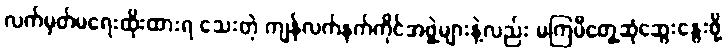
လက်မှတ်မရေးထိုးထားရ သေးတဲ့ ကျန်လက်နက်ကိုင်အဖွဲ့များနဲ့လည်း မကြမီတွေ့ဆုံဆွေးနွေးဖို့